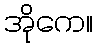
အိုကေ။